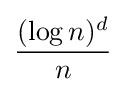
{\frac {(\log n)^{d}}{n}}